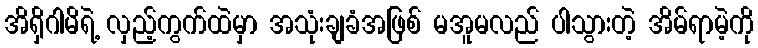
အိရှိဂါမိရဲ့ လှည့်ကွက်ထဲမှာ အသုံးချခံအဖြစ် မအူမလည် ပါသွားတဲ့ အိမ်ရာမဲ့ကို